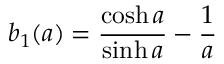
b _ { 1 } ( a ) = \frac { \cosh a } { \sinh a } - \frac { 1 } { a }